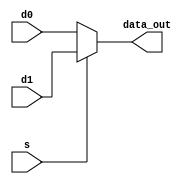
module MUX2_1 (
    input wire s,
    input wire [15:0]d0,
    input wire [15:0]d1,
    output wire [15:0]data_out
);
    assign data_out = s ? d1 : d0;
endmodule